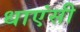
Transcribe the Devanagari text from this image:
धाएंसी